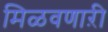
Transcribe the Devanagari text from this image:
मिळवणाऱी